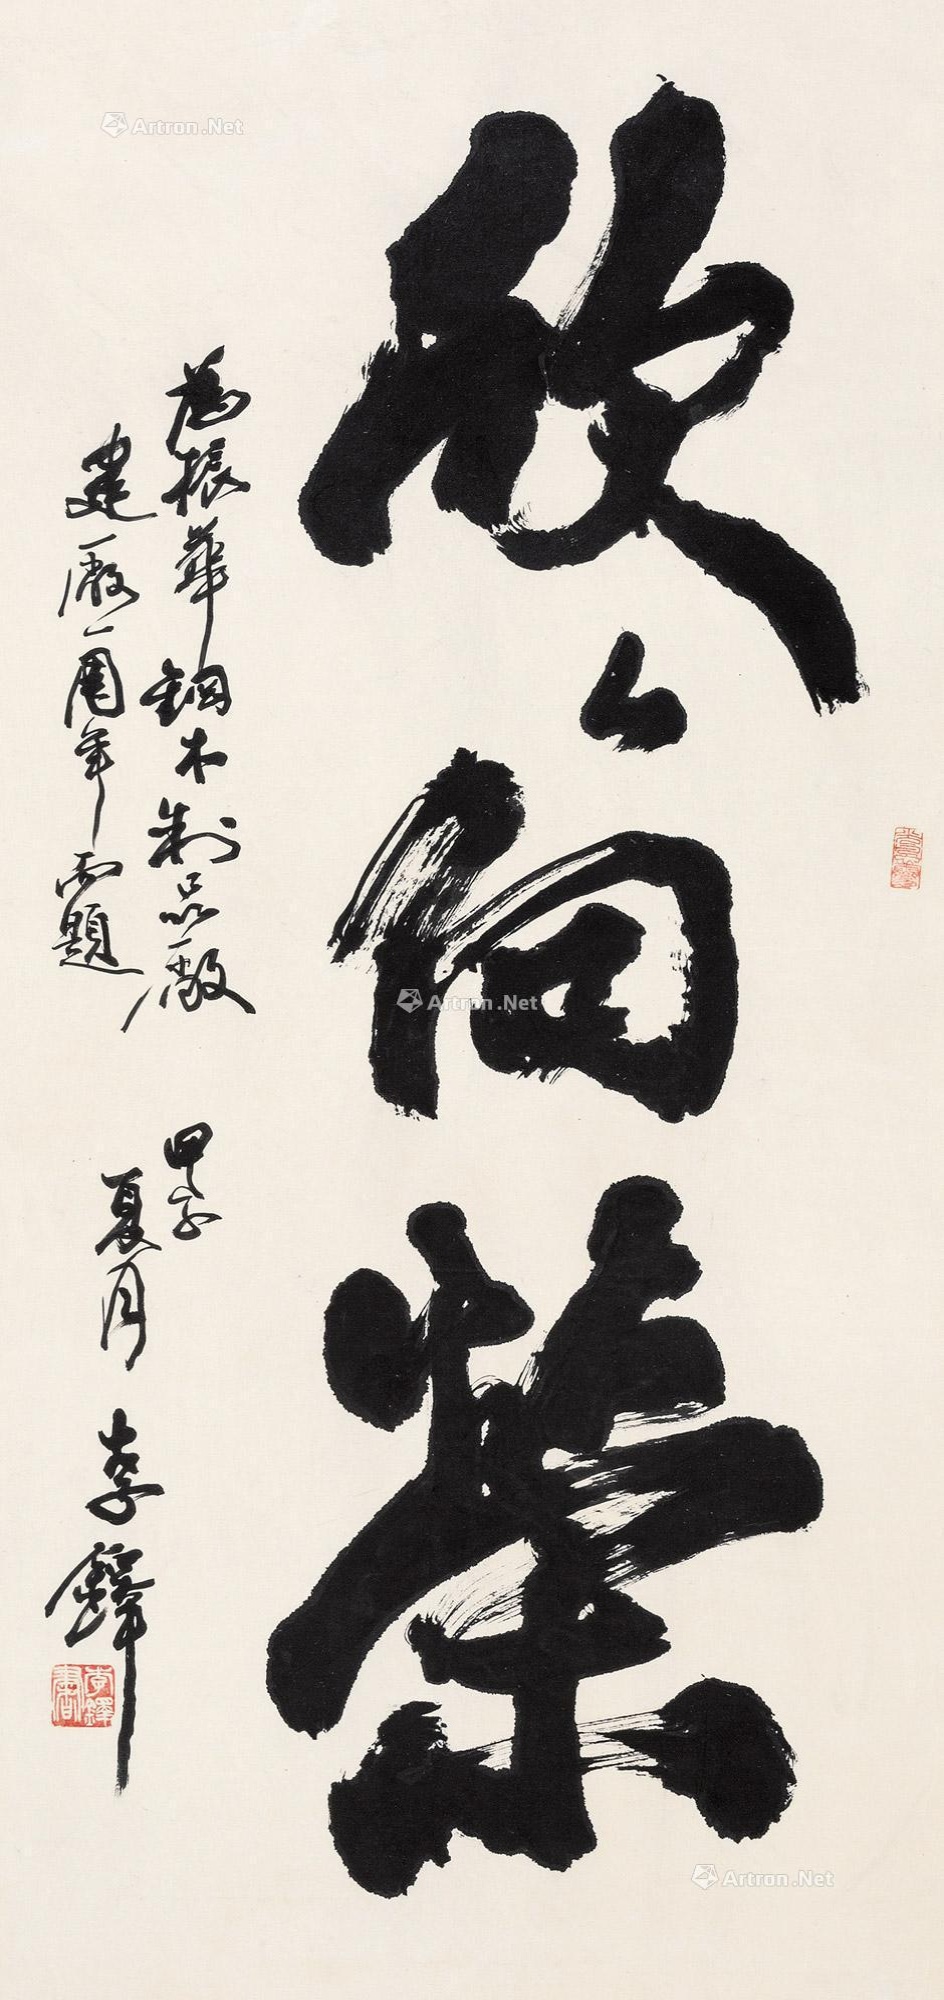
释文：欣欣向荣。为振华钢木制品厂建厂一周年而题。甲子夏月，李铎。